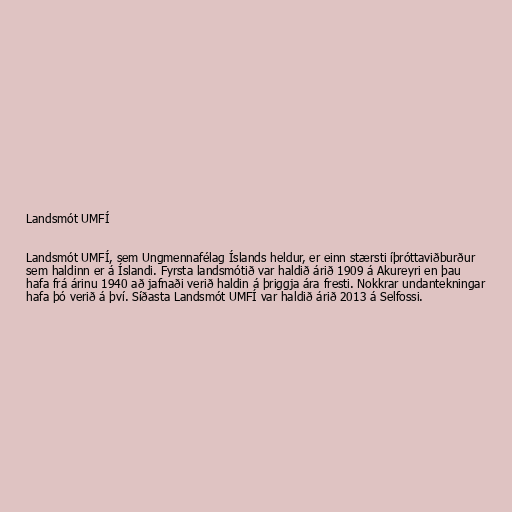
Landsmót UMFÍ

Landsmót UMFÍ, sem Ungmennafélag Íslands heldur, er einn stærsti íþróttaviðburður
sem haldinn er á Íslandi. Fyrsta landsmótið var haldið árið 1909 á Akureyri en þau
hafa frá árinu 1940 að jafnaði verið haldin á þriggja ára fresti. Nokkrar undantekningar
hafa þó verið á því. Síðasta Landsmót UMFÍ var haldið árið 2013 á Selfossi.